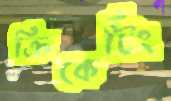
ক্রিকেটিং